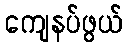
ကျေနပ်ဖွယ်